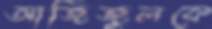
আজিজুলকে